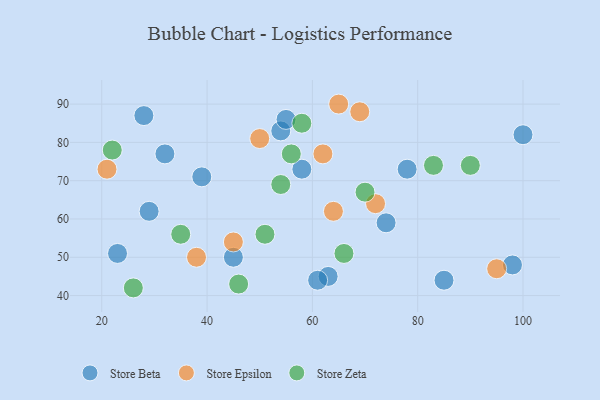
{"axis": {"x": "GDP", "y": "Life Expectancy"}, "legend": ["Store Beta", "Store Epsilon", "Store Zeta"], "data": [{"x": "78", "y": 73, "type": "Store Beta"}, {"x": "98", "y": 48, "type": "Store Beta"}, {"x": "63", "y": 45, "type": "Store Beta"}, {"x": "85", "y": 44, "type": "Store Beta"}, {"x": "28", "y": 87, "type": "Store Beta"}, {"x": "23", "y": 51, "type": "Store Beta"}, {"x": "29", "y": 62, "type": "Store Beta"}, {"x": "58", "y": 73, "type": "Store Beta"}, {"x": "39", "y": 71, "type": "Store Beta"}, {"x": "61", "y": 44, "type": "Store Beta"}, {"x": "54", "y": 83, "type": "Store Beta"}, {"x": "45", "y": 50, "type": "Store Beta"}, {"x": "74", "y": 59, "type": "Store Beta"}, {"x": "55", "y": 86, "type": "Store Beta"}, {"x": "32", "y": 77, "type": "Store Beta"}, {"x": "100", "y": 82, "type": "Store Beta"}, {"x": "69", "y": 88, "type": "Store Epsilon"}, {"x": "21", "y": 73, "type": "Store Epsilon"}, {"x": "45", "y": 54, "type": "Store Epsilon"}, {"x": "95", "y": 47, "type": "Store Epsilon"}, {"x": "38", "y": 50, "type": "Store Epsilon"}, {"x": "72", "y": 64, "type": "Store Epsilon"}, {"x": "65", "y": 90, "type": "Store Epsilon"}, {"x": "64", "y": 62, "type": "Store Epsilon"}, {"x": "50", "y": 81, "type": "Store Epsilon"}, {"x": "62", "y": 77, "type": "Store Epsilon"}, {"x": "83", "y": 74, "type": "Store Zeta"}, {"x": "70", "y": 67, "type": "Store Zeta"}, {"x": "46", "y": 43, "type": "Store Zeta"}, {"x": "26", "y": 42, "type": "Store Zeta"}, {"x": "58", "y": 85, "type": "Store Zeta"}, {"x": "54", "y": 69, "type": "Store Zeta"}, {"x": "35", "y": 56, "type": "Store Zeta"}, {"x": "90", "y": 74, "type": "Store Zeta"}, {"x": "56", "y": 77, "type": "Store Zeta"}, {"x": "66", "y": 51, "type": "Store Zeta"}, {"x": "51", "y": 56, "type": "Store Zeta"}, {"x": "22", "y": 78, "type": "Store Zeta"}]}